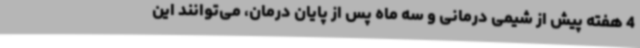
4 هفته پیش از شیمی درمانی و سه ماه پس از پایان درمان، می‌توانند این